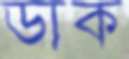
ডাক